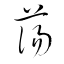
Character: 蕩